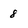
Character: 8